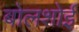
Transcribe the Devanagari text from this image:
बोलशोई